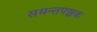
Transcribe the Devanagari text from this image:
समन्तपञ्चक